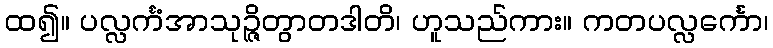
ထ၍။ ပလ္လင်္ကံအာသုဉ္ဇိတွာတဒါတိ၊ ဟူသည်ကား။ ကတပလ္လင်္ကော၊